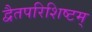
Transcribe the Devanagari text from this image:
द्वैतपरिशिष्टम्